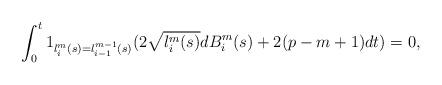
LaTeX: \begin{align*}\int_0^t 1_{l^m_i(s) = l^{m - 1}_{i - 1}(s)} (2 \sqrt{l_i^m(s)} dB^m_i(s) + 2 (p - m + 1)dt) = 0,\end{align*}